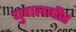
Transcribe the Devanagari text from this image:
युगलगीत